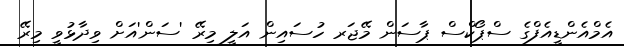
އެމްއެންޑީއެފްގެ ސްޕޯކްސް ޕާސަން މޭޖަރ ހުސައިން އަލީ މިރޭ 'ސަން'އަށް ވިދާޅުވީ މިރޭ